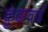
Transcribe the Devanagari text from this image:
कुंदावाई